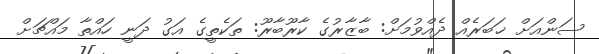
ސަންއަށް ޚަބަރެއް ދެއްވުމަށް: ބާޒާރުގެ ކާރޫބާރޫ: ތަކެތީގެ އަގު ދަނީ ހައްތާ މައްޗަށް